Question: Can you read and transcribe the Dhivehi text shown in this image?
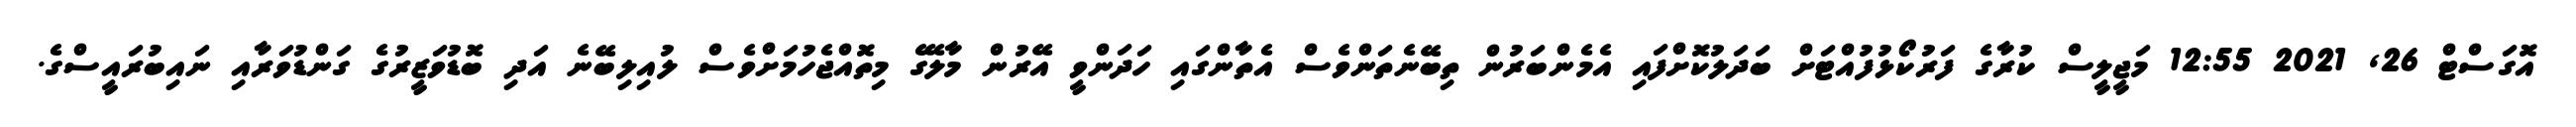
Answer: އޮގަސްޓް 26, 2021 12:55 މަޖީލީސް ކުރާގެ ފަރުކޯޅުފުއްޓަށް ބަދަލުކޮށްފައި އެމެންބަރުން ތިބޭނެތަންވެސް އެތާންގައި ހަދަންވީ އޭރުން މާލޭގެ މިތޮއްޖެހުމަށްވެސް ލުއިލިބޭނެ އަދި ބޮޑުވަޒީރުގެ ގަންޑުވަރާއި ނައިބުރައީސްގެ.